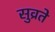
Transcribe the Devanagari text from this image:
सुव्रते